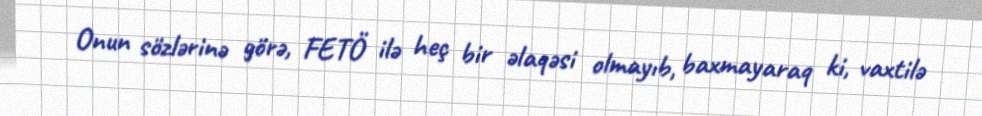
Onun sözlərinə görə, FETÖ ilə heç bir əlaqəsi olmayıb, baxmayaraq ki, vaxtilə